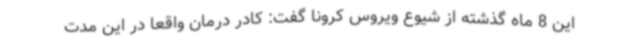
این 8 ماه گذشته از شیوع ویروس کرونا گفت: کادر درمان واقعا در این مدت